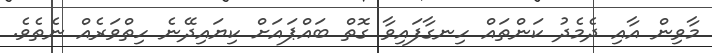
މާވިން އާއި ދެމެދު ކަންތައް ހިނގާފައިވާ ގޮތް ބައްޕައަށް ކިޔައިދޭނެ ހިތްވަރެއް ނެތެވެ.